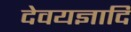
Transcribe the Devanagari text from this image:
देवयज्ञादि